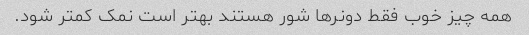
همه چیز خوب فقط دونرها شور هستند بهتر است نمک کمتر شود.